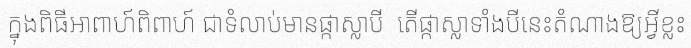
ក្នុងពិធីអាពាហ៍ពិពាហ៍ ជាទំលាប់មានផ្កាស្លាបី  តើផ្កាស្លាទាំងបីនេះតំណាងឱ្យអ្វីខ្លះ